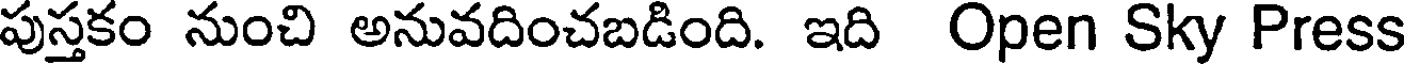
పుస్తకం నుంచి అనువదించబడింది. ఇది Open Sky Press